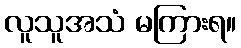
လူသူအသံ မကြားရ။